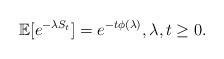
LaTeX: \begin{align*}\mathbb{E}[e^{-\lambda S_t}]=e^{-t\phi(\lambda)},\lambda,t\ge 0.\end{align*}